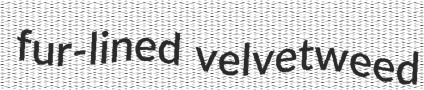
fur-lined velvetweed